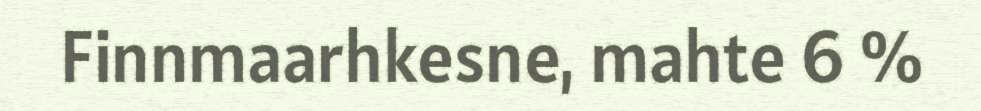
Finnmaarhkesne, mahte 6 %